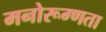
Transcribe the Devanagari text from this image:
मनोरूग्णता